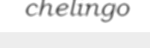
chelingo